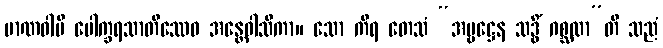
မာဏဝါပိ ပေါက္ခရသာတိဿေဝ အန္တေဝါသိကာ။ သော ကိရ တေသံ “အမ္ဗဋ္ဌေန သဒ္ဓိံ ဂစ္ဆထာ”တိ သညံ